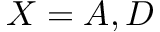
X = A , D